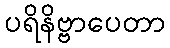
ပရိနိဗ္ဗာပေတာ